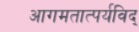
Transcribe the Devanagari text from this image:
आगमतात्पर्यविद्